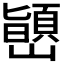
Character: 𫶞